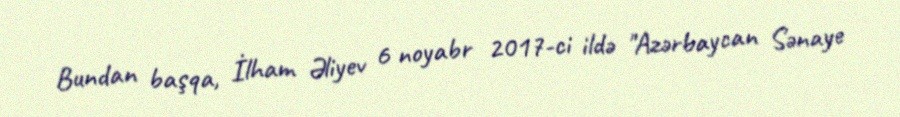
Bundan başqa, İlham Əliyev 6 noyabr 2017-ci ildə "Azərbaycan Sənaye